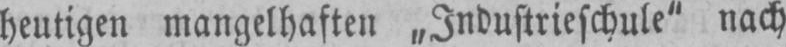
heutigen mangelhaften „Industrieschule“ nach